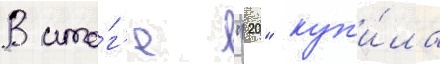
В ито́г'е "20" куп'и́ла